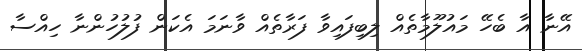
އޭނާ އާ ބެހޭ މައުލޫމާތެއް ލިބިފައިވާ ފަރާތެއް ވާނަމަ އެކަން ފުލުހުންނާ ހިއްސާ